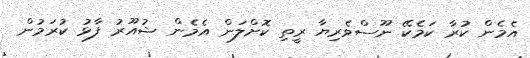
އެމެން ކުރާ ކަމެކޭ ނޫސްވެރިޔާ ރީތި ކޮށްލަން އެމެން ޝުއޫރު ފާޅު ކުރަމުން